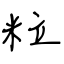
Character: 粒